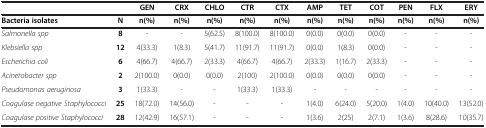
|  |  | GEN | CRX | CHLO | CTR | CTX | AMP | TET | COT | PEN | FLX | ERY |
 | Bacteria isolates | N | n(%) | n(%) | n(%) | n(%) | n(%) | n(%) | n(%) | n(%) | n(%) | n(%) | n(%) |
 | --- | --- | --- | --- | --- | --- | --- | --- | --- | --- | --- | --- | --- |
 | Salmonella spp | 8 | - | - | 5(62.5) | 8(100.0) | 8(100.0) | 0(0.0) | 0(0.0) | 0(0.0) | - | - | - |
 | Klebsiella spp | 12 | 4(33.3) | 1(8.3) | 5(41.7) | 11(91.7) | 11(91.7) | 0(0.0) | 1(8.3) | 0(0.0) | - | - | - |
 | Escherichia coli | 6 | 4(66.7) | 4(66.7) | 2(33.3) | 4(66.7) | 4(66.7) | 2(33.3) | 1(16.7) | 2(33.3) | - | - | - |
 | Acinetobacter spp | 2 | 2(100.0) | 0(0.0) | 0(0.0) | 2(100) | 2(100.0) | 0(0.0) | 0(0.0) | 0(0.0) | - | - | - |
 | Pseudomonas aeruginosa | 3 | 1(33.3) | - | - | 1(33.3) | 1(33.3) | - | - | - | - | - | - |
 | Coagulase negative Staphylococci | 25 | 18(72.0) | 14(56.0) | - | - | - | 1(4.0) | 6(24.0) | 5(20.0) | 1(4.0) | 10(40.0) | 13(52.0) |
 | Coagulase positive Staphylococci | 28 | 12(42.9) | 16(57.1) | - | - | - | 1(3.6) | 2(25) | 2(7.1) | 1(3.6) | 8(28.6) | 10(35.7) |